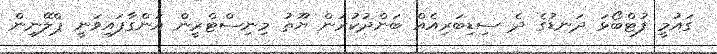
ގައުމީ ފުޓްބޯޅަ ދަނޑުގެ ދެ ސިޑިބަރިއެއް ބަންދުކުރަން ޔޫތު މިނިސްޓްރީން އަންގާފައިވަނީ ޕްލޭނިން